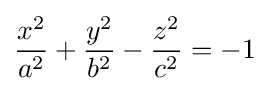
{x^{2} \over a^{2}}+{y^{2} \over b^{2}}-{z^{2} \over c^{2}}=-1